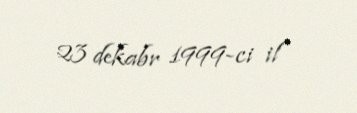
23 dekabr 1999-ci il